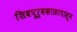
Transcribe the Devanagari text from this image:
शिवपूर्वकाळापासून